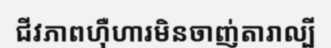
ជីវភាពហ៊ឺហារមិនចាញ់តារាល្បី